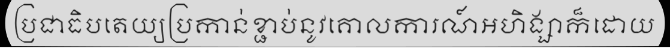
ប្រជាធិបតេយ្យប្រកាន់ខ្ជាប់នូវគោលការណ៍អហិង្សាក៏ដោយ